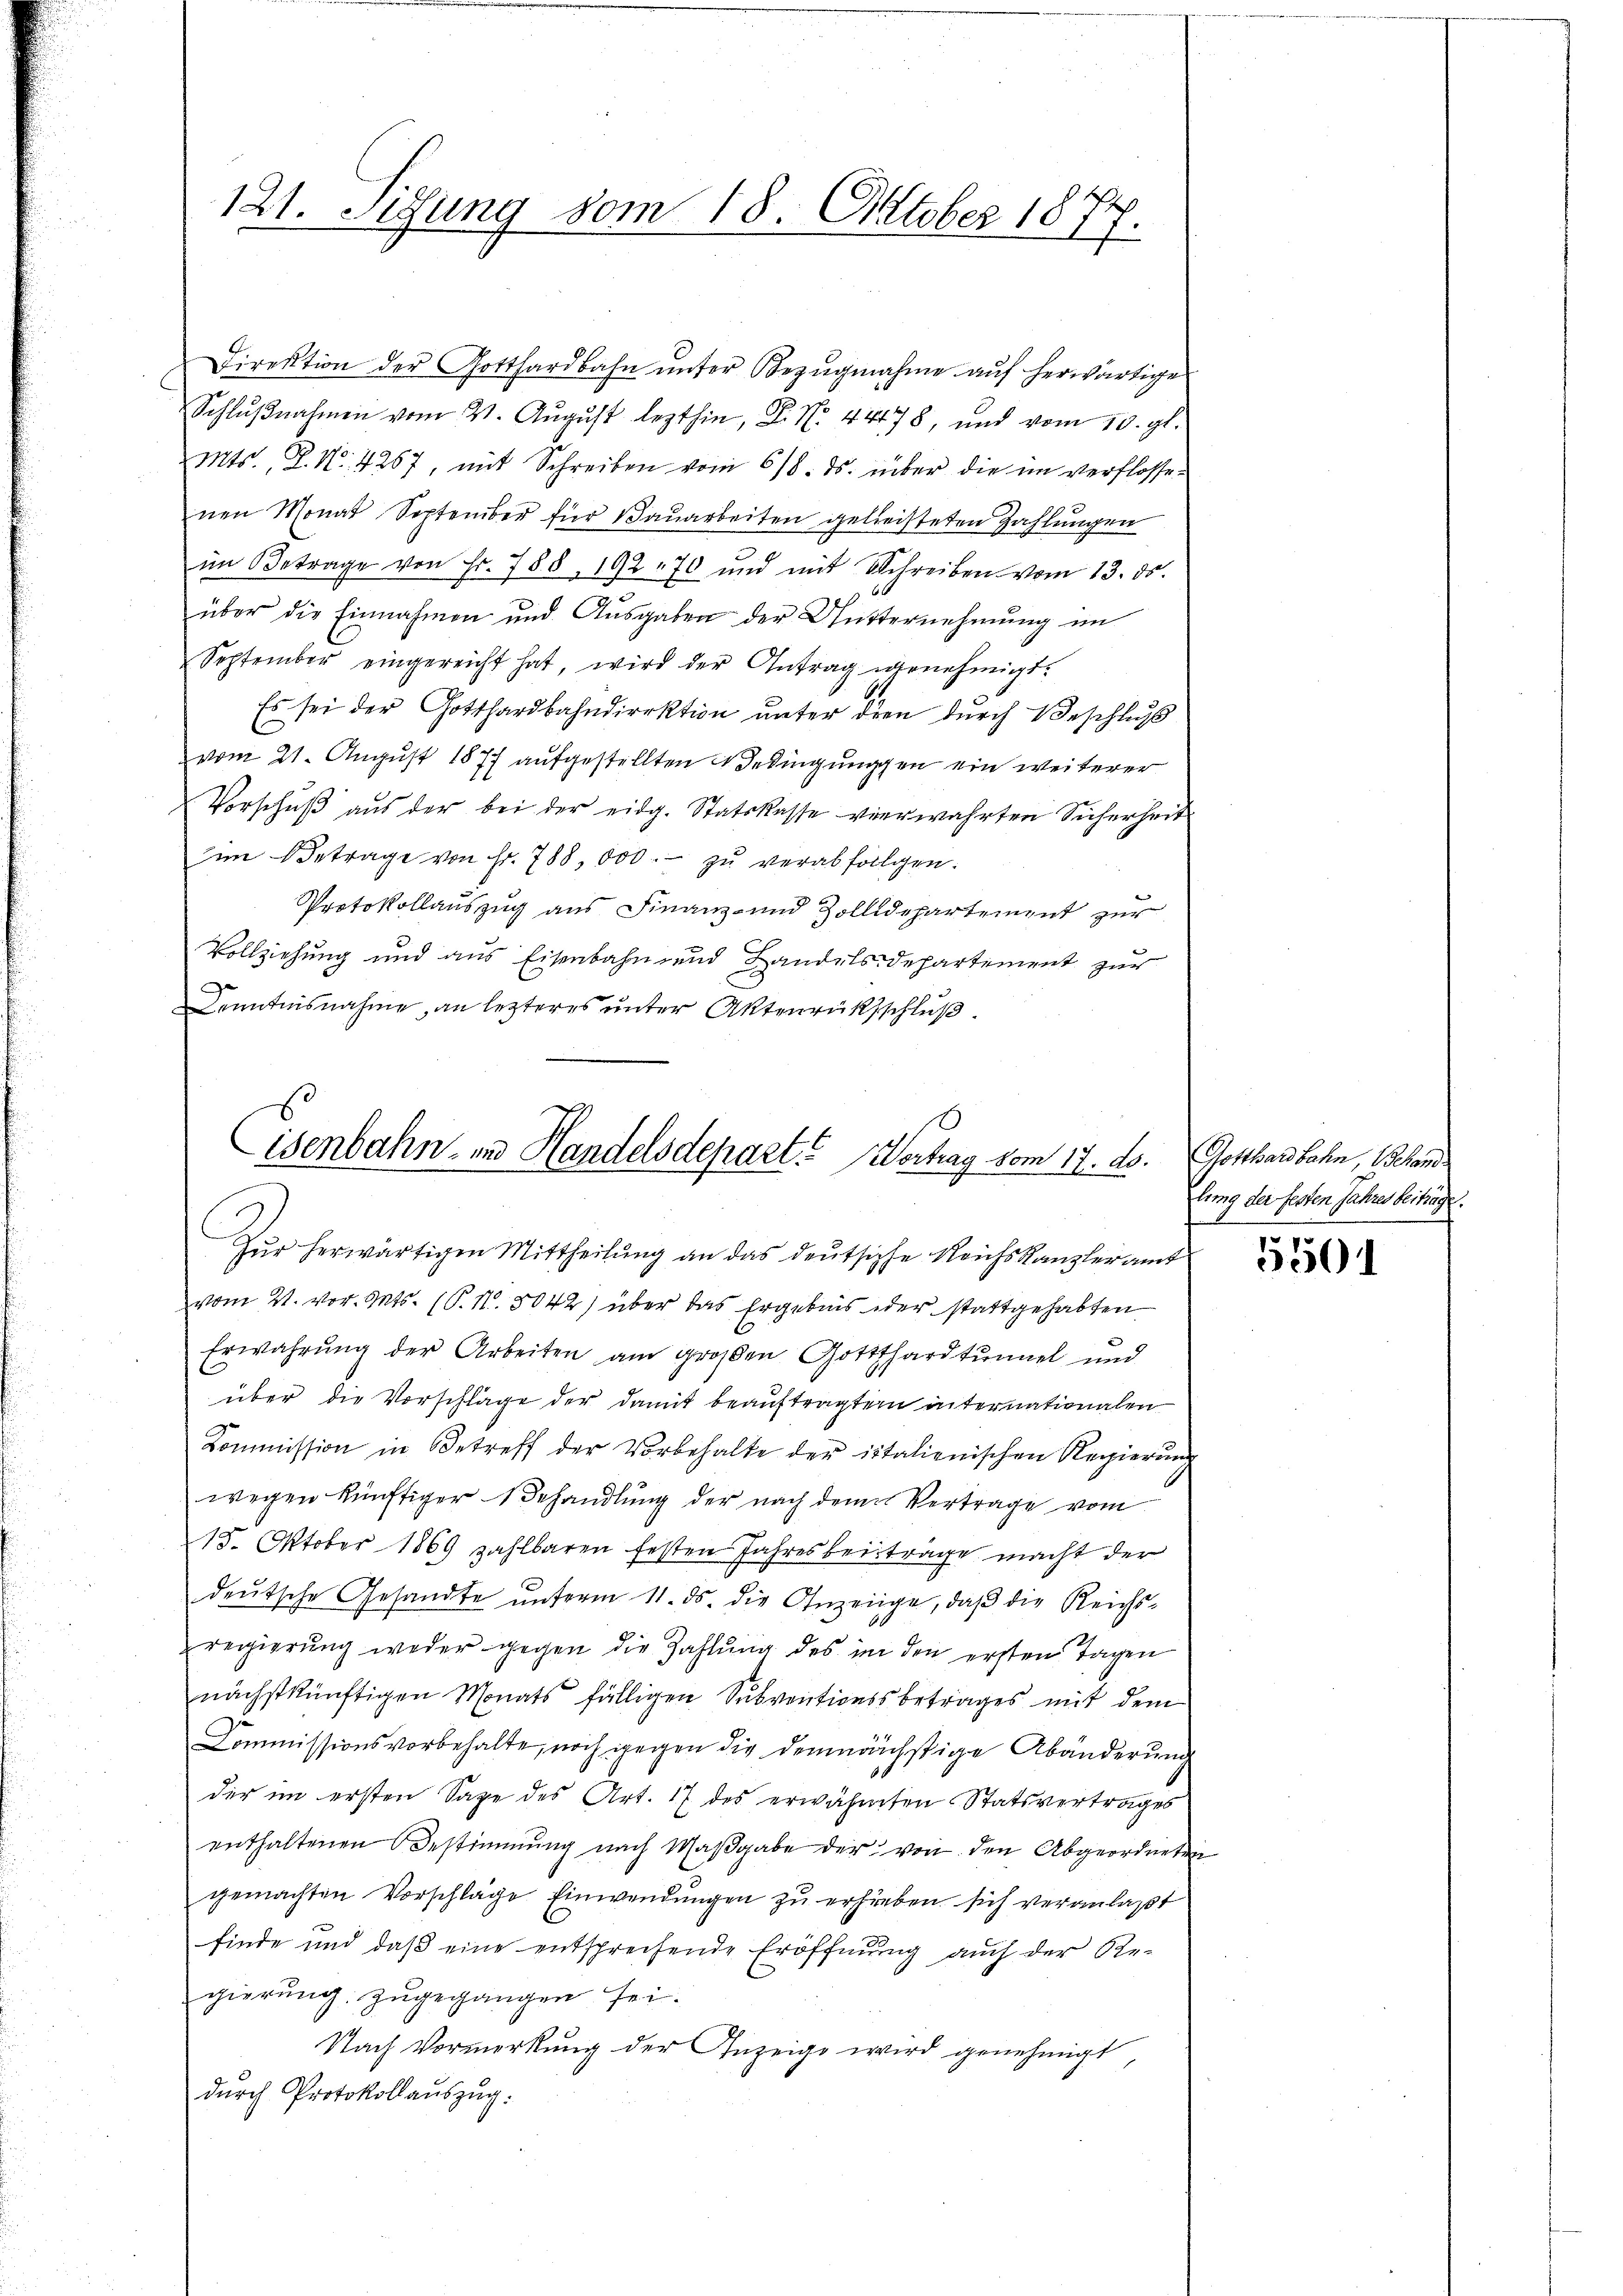
121. Sitzung vom 18. Oktober 1877.

Direktion der Gotthardbahn unter Bezugnahme auf herwärtige
Schlŭβnahmen vom 21. Aŭgŭst lezthin, D. N. 44478, und vom 10. gl.
Mts., P. Nr. 4267, mit Schreiben vom 618. ds. über die im verflossenen Monat September für Bauarbeiten geleisteten Zahlungen
im Betrage von Fr. 788, 192 - 70 und mit Schreiben vom 13. ds.
über die Einnahmen und Ausgaben der Mutternehmung im
September eingereicht hat, wird der Antrag genehmigt.
Es sei der Gotthardbahndirektion unter dien durch Beschluß
vom 21. August 1877 aufgestellten Bedingungen ein weiterer
Vorschŭβ aŭs der bei der eidg. Statskasse verwahrten Sicherheit
zum Betrage von Fr. 788, 000.- zu verabfolgen.
Protokollauszug aus Finanz- und Zollidepartement zur
Vollziehung und aus Eisenbahn und Landels-Departement zur
Kenntnisnahme, an letzteres unter Aktenrücksschluß.

isenbahn- und Handelsdepart. Vertrag vom 17. ds.

Zŭr herwärtigen Mittheilŭng an das deŭtsiche Reichskanzleramt
vom 21. vor. Mts. (P.N. 8042) über das Ergebnis der stattgehabten
Erwährung der Arbeiten am großen Gotthardtunnel und
über die Vorschläge der damit beauftragter internationalen
Kommission in Betreff der Vorbehalte der italienischen Regierung
wegen künftiger Behandlung der nach dem Vertrage vom
15. Oktober 1869 zahlbaren festen Jahresbeiträge macht der
deŭtsche Gesandte ŭnterm 11. ds. die Anzeige, daβ die Reichs-
regierung weder gegen die Zahlung des in den ersten Tagen
nächstkünftigen Monats fälligen Subventionssbetrages mit dem
Commissionsvorbehalte, noch gegen die demnächstige Abänderŭng
der im ersten Sage des Art. 17 des erwähnten Statsvertrages
enthaltenen Bestimmung nach Maßgabe der von den Abgeordneten
gemachten Vorschläge Einwendungen zu erhieben sich veranlaßt
finde und daß eine entsprechende Eröffnung auch der Re-
gierung zugegangen sei.
Nach Vormerkung der Anzeige wird genehmigt
durch Protokollauszug:

Gotthardbahn, Behand
lung der festen Jahres beiträge.

5501